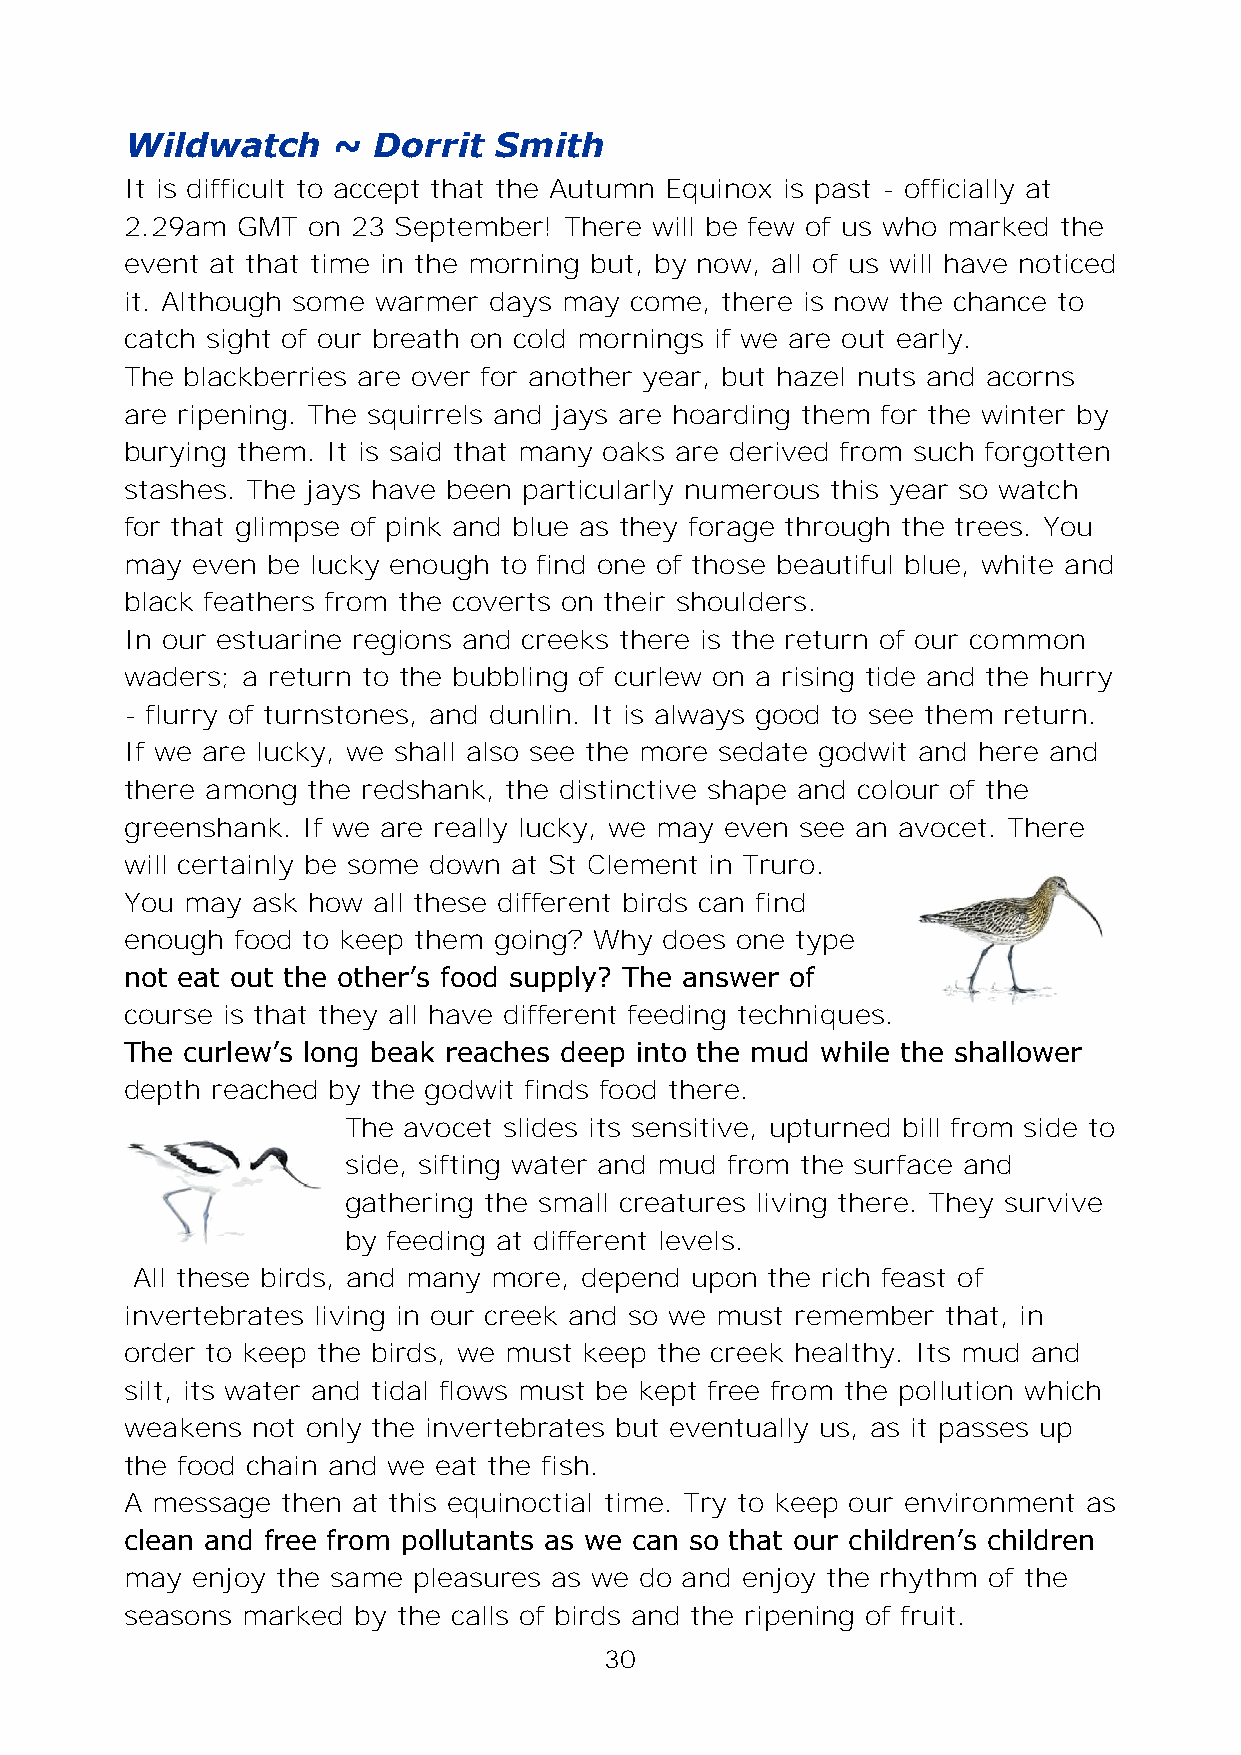
Wildwatch     ~  Dorrit  Smith
 It is difficult to accept that the Autumn Equinox is past - officially at
 2.29am  GMT on 23 September! There will be few of us who marked the
 event at that time in the morning but, by now, all of us will have noticed
 it. Although some warmer days may come, there is now the chance to
 catch sight of our breath on cold mornings if we are out early.
 The blackberries are over for another year, but hazel nuts and acorns
 are ripening. The squirrels and jays are hoarding them for the winter by
 burying them. It is said that many oaks are derived from such forgotten
 stashes. The jays have been particularly numerous this year so watch
 for that glimpse of pink and blue as they forage through the trees. You
 may  even be lucky enough to find one of those beautiful blue, white and
 black feathers from the coverts on their shoulders.
 In our estuarine regions and creeks there is the return of our common
 waders; a return to the bubbling of curlew on a rising tide and the hurry
 - flurry of turnstones, and dunlin. It is always good to see them return.
 If we are lucky, we shall also see the more sedate godwit and here and
 there among the redshank, the distinctive shape and colour of the
 greenshank. If we are really lucky, we may even see an avocet. There
 will certainly be some down at St Clement in Truro.
 You may  ask how all these different birds can find
 enough  food to keep them going? Why does one type
 not eat out the other’s food supply? The answer of
 course is that they all have different feeding techniques.
 The curlew’s long beak reaches deep into the mud while the shallower
 depth reached by the godwit finds food there.
 The avocet slides its sensitive, upturned bill from side to
 side, sifting water and mud from the surface and
 gathering the small creatures living there. They survive
 by feeding at different levels.
 All these birds, and many more, depend upon the rich feast of
 invertebrates living in our creek and so we must remember that, in
 order to keep the birds, we must keep the creek healthy. Its mud and
 silt, its water and tidal flows must be kept free from the pollution which
 weakens  not only the invertebrates but eventually us, as it passes up
 the food chain and we eat the fish.
 A message  then at this equinoctial time. Try to keep our environment as
 clean and free from pollutants as we can so that our children’s children
 may  enjoy the same pleasures as we do and enjoy the rhythm of the
 seasons marked by the calls of birds and the ripening of fruit.
 30